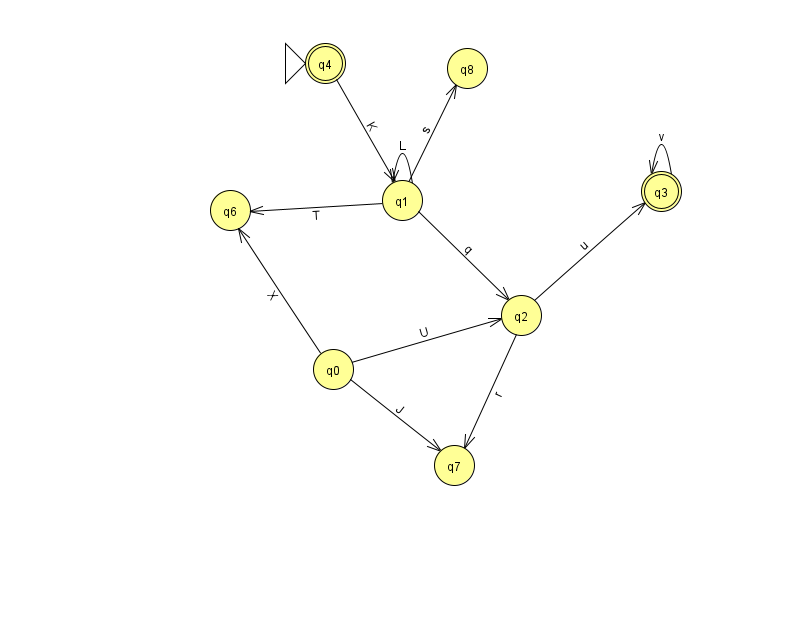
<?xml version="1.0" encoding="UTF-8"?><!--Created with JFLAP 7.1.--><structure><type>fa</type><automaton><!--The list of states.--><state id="0" name="q0"><x>333.0</x><y>356.0</y></state><state id="1" name="q1"><x>402.0</x><y>187.0</y></state><state id="2" name="q2"><x>521.0</x><y>302.0</y></state><state id="3" name="q3"><x>661.0</x><y>178.0</y><final/></state><state id="4" name="q4"><x>325.0</x><y>50.0</y><initial/><final/></state><state id="6" name="q6"><x>230.0</x><y>197.0</y></state><state id="7" name="q7"><x>454.0</x><y>452.0</y></state><state id="8" name="q8"><x>467.0</x><y>55.0</y></state><!--The list of transitions.--><transition><from>1</from><to>6</to><read>T</read></transition><transition><from>1</from><to>2</to><read>q</read></transition><transition><from>2</from><to>3</to><read>u</read></transition><transition><from>0</from><to>6</to><read>X</read></transition><transition><from>3</from><to>3</to><read>v</read></transition><transition><from>0</from><to>7</to><read>J</read></transition><transition><from>1</from><to>8</to><read>s</read></transition><transition><from>4</from><to>1</to><read>K</read></transition><transition><from>0</from><to>2</to><read>U</read></transition><transition><from>1</from><to>1</to><read>L</read></transition><transition><from>2</from><to>7</to><read>r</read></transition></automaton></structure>